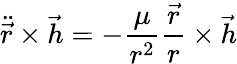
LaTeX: {\ddot{\vec{r}}}\times{\vec{h}}=-{\frac{\mu}{r^{2}}}{\frac{\vec{r}}{r}}\times{\vec{h}}